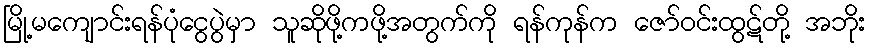
မြို့မကျောင်းရန်ပုံငွေပွဲမှာ သူဆိုဖို့ကဖို့အတွက်ကို ရန်ကုန်က ဇော်ဝင်းထွဋ်တို့ အဘိုး